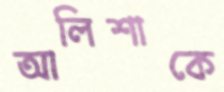
আলিশাকে